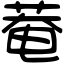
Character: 菴